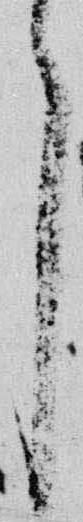
了